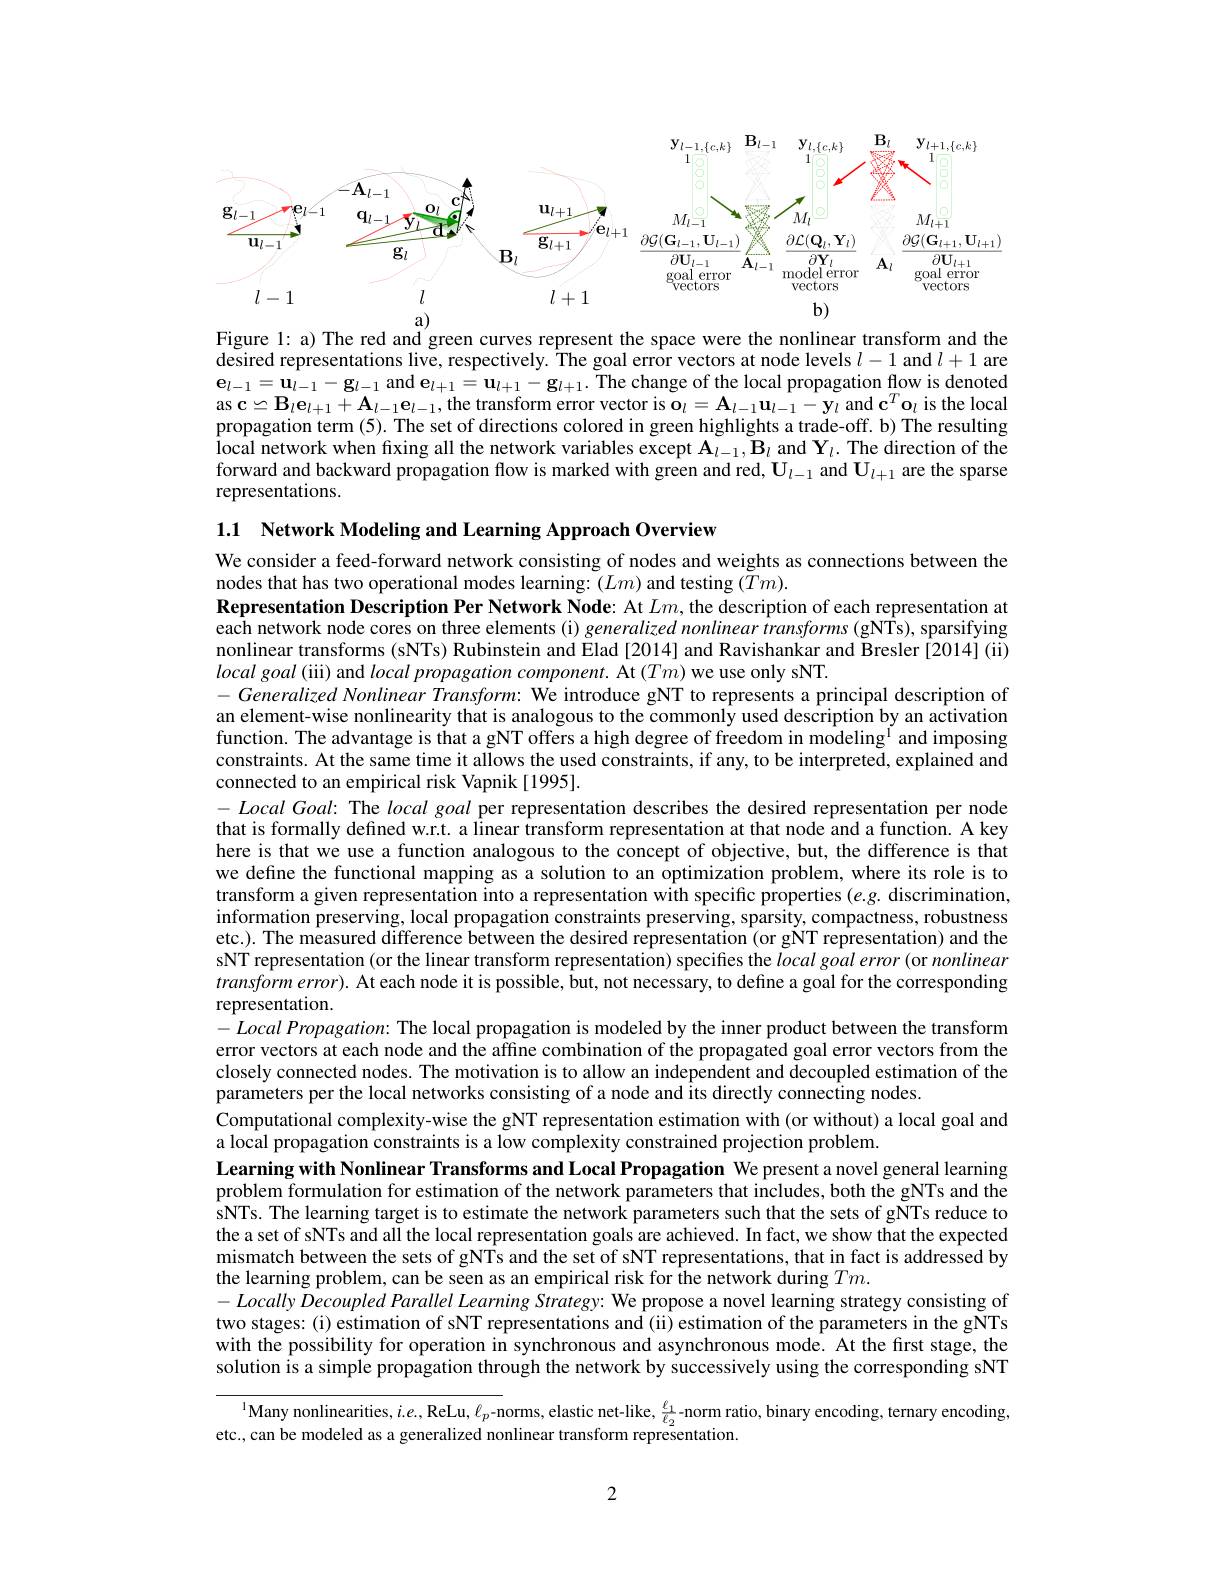
<FigureHere>

Figure 1: a) The red and green curves represent the space were the nonlinear transform and the desired representations live, respectively. The goal error vectors at node levels $l-1$ and $l+1$ are $\mathbf{e}_{l-1}=\mathbf{u}_{l-1}-\mathbf{g}_{l-1}$ and $\mathbf{e}_l+1=\mathbf{u}_{l+1}-\mathbf{g}_{l+1}.$ The change of the local propagation flow is denoted $\mathbf{as~c\simeq B_{l}e_{l+1}+A_{l-1}e_{l-1},the~transform~error~vector~is~o}_{l}=\mathbf{A_{l-1}u_{l-1}-y_{l}~and~c^{T}o_{l}~is~the~local}$ propagation term (5). The set of directions colored in green highlights a trade-off. b) The resulting local network when fixing all the network variables except $\mathbf{A} _{l- 1}, \mathbf{B} _{l}$ and $\mathbf{Y} _{l}.$ The direction of the forward and backward propagation flow is marked with green and red, $\mathbf{U}_{l-1}$ and $\mathbf{U}_l+1$ are the sparse representations.

1.1 Network Modeling and Learning Approach Overview
We consider a feed-forward network consisting of nodes and weights as connections between the
nodes that has two operational modes learning: $(Lm)$ and testing $(Tm).$
Representation Description Per Network Node: At $Lm$, the description of each representation at each network node cores on three elements (i) generalized nonlinear $\hat{t}ransforms$ (gNÎs), sparsifying nonlinear transforms (sNTs) Rubinstein and Elad [2014] and Ravishankar and Bresler [2014] (ii) $localgoal($iii) and local propagation component. {At}(Tm) we use only sNT.
$- \textit{Generalized Nonlinear Transform: We introduce gNT to represents a principal description of}$ an element-wise nonlinearity that is analogous to the commonly used description by an activation function. The advantage is that a gNT offers a high degree of freedom in modeling $^{\mathrm{i}}$ and imposing constraints. At the same time it allows the used constraints, if any, to be interpreted, explained and connected to an empirical risk Vapnik[1995].
$- \textit{Local Goal: The local goal per representation describes the desired representation per node}$ that is formally defined w.r.t. a linear transform representation at that node and a function. A key here is that we use a function analogous to the concept of objective, but, the difference is that we define the functional mapping as a solution to an optimization problem, where its role is to transform a given representation into a representation with specific properties $(e.g.$ discrimination, information preserving, local propagation constraints preserving, sparsity, compactness, robustness etc.). The measured difference between the desired representation (or gNT representation) and the sNT representation (or the linear transform representation) specifies the local goal error (or nonlinear $transformerror).$ At each node it is possible, but, not necessary, to define a goal for the corresponding representation.
$- Local\textit{Propagation: The local propagation is modeled by the inner product between the transform}$ error vectors at each node and the affine combination of the propagated goal error vectors from the closely connected nodes. The motivation is to allow an independent and decoupled estimation of the parameters per the local networks consisting of a node and Îts directly connecting nodes.
Computational complexity-wise the gNT representation estimation with (or without) a local goal and
a local propagation constraints is a low complexity constrained projection problem
Learning with Nonlinear Transforms and Local Propagation We present a novel general learning problem formulation for estimation of the network parameters that includes, both the gNTs and the sNTs. The learning target is to estimate the network parameters such that the sets of gNTs reduce to the a set of sNTs and all the local representation goals are achieved. In fact, we show that the expected mismatch between the sets of gNTs and the set of sNT representations, that in fact is addressed by the learning problem, can be seen as an empirical risk for the network during $Tm.$
$-Locally$ Decoupled Parallel Learning Strategy: We propose a novel learning strategy consisting of two stages:(i) estimation of sNT representations and (ii) estimation of the parameters in the gNTs with the possibility for operation in synchronous and asynchronous mode. At the first stage, the solution is a simple propagation through the network by successively using the corresponding sNT
$^{1}\textbf{Many nonlinearities,  i. e. ,  ReLu,  }\ell _{p}$-norms, elastic net-like, $\frac\ell{1}{\ell_{2}}$-norm ratio, binary encoding, ternary encoding,
etc., can be modeled as a generalized nonlinear transform representation.

2